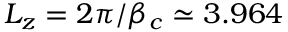
L _ { z } = 2 \pi / \beta _ { c } \simeq 3 . 9 6 4